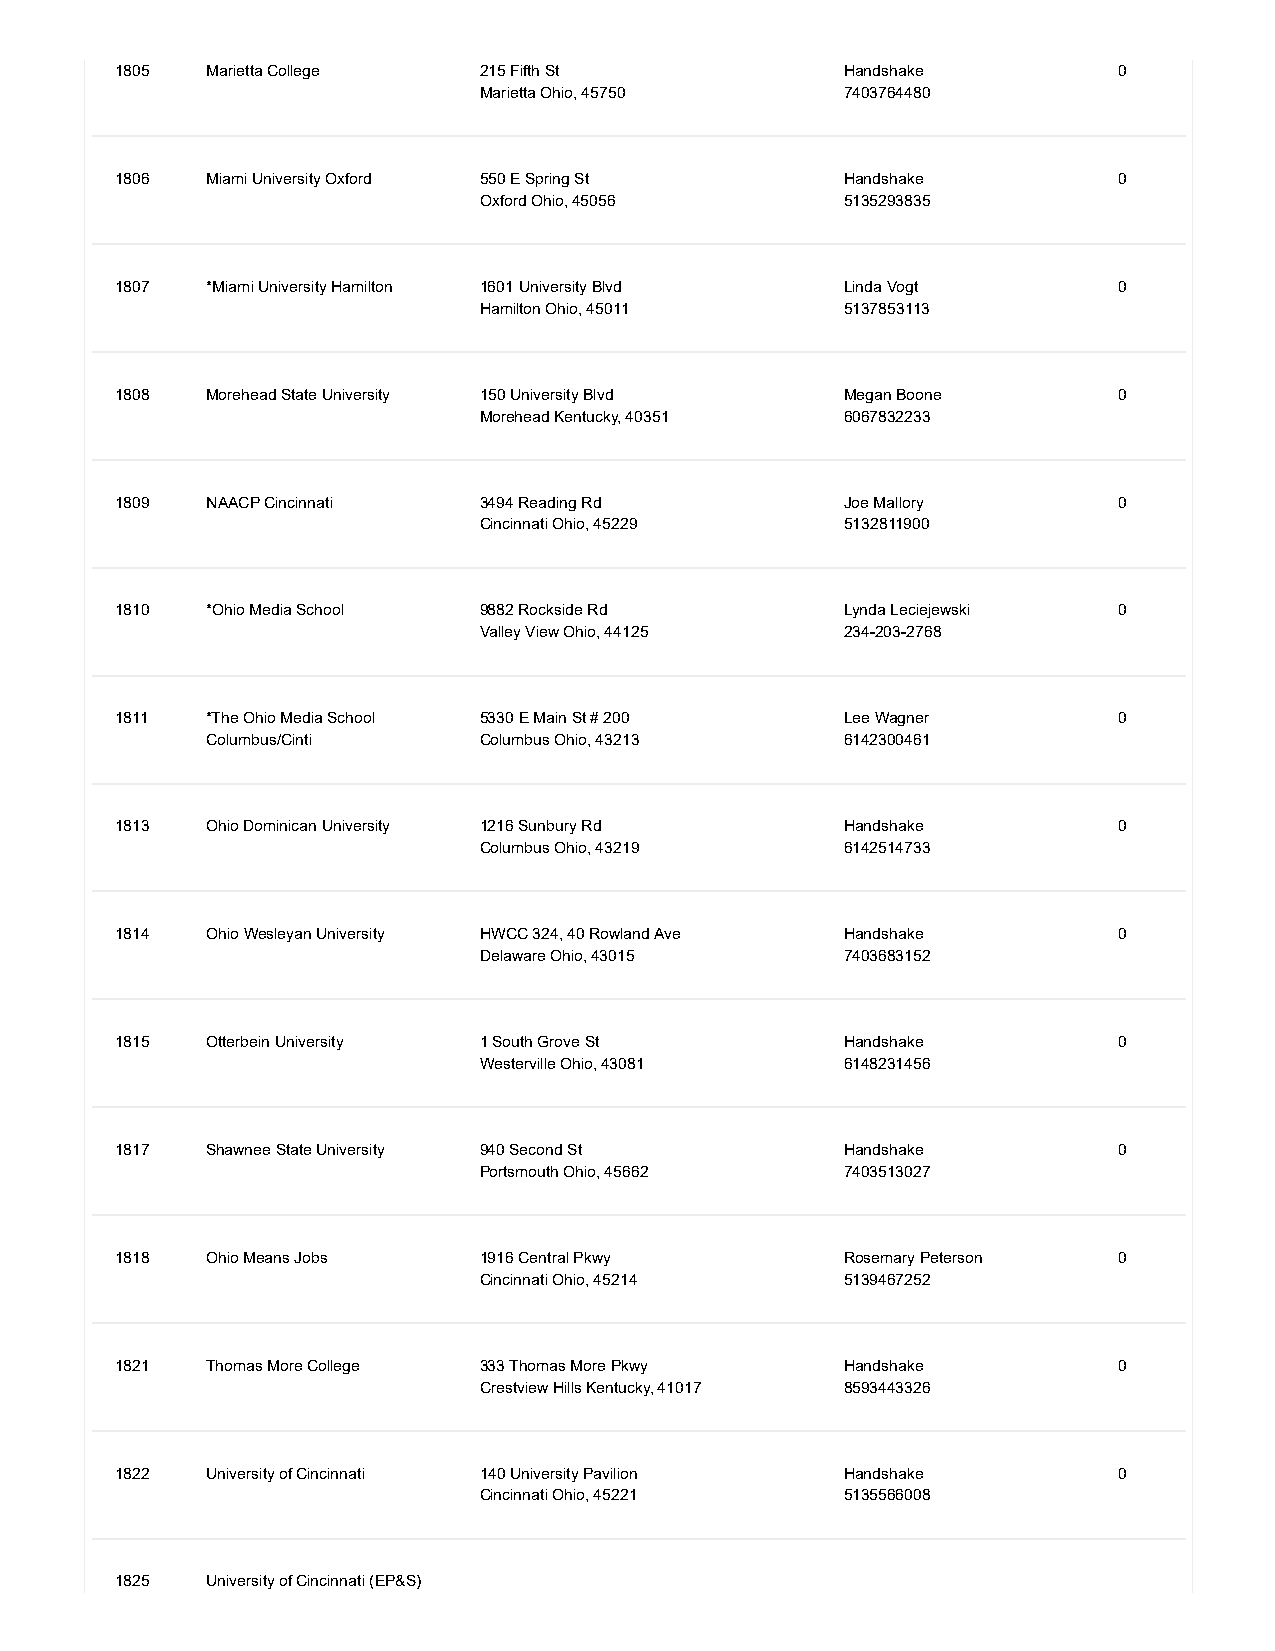
1805  Marietta College  215 Fifth St            Handshake         0
 Marietta Ohio, 45750    7403764480
 1806  Miami University Oxford 550 E Spring St   Handshake         0
 Oxford Ohio, 45056      5135293835
 1807  *Miami University Hamilton 1601 University Blvd Linda Vogt  0
 Hamilton Ohio, 45011    5137853113
 1808  Morehead State University 150 University Blvd Megan Boone   0
 Morehead Kentucky, 40351 6067832233
 1809  NAACP Cincinnati  3494 Reading Rd         Joe Mallory       0
 Cincinnati Ohio, 45229  5132811900
 1810  *Ohio Media School 9882 Rockside Rd       Lynda Leciejewski 0
 Valley View Ohio, 44125 234-203-2768
 1811  *The Ohio Media School 5330 E Main St # 200 Lee Wagner      0
 Columbus/Cinti    Columbus Ohio, 43213    6142300461
 1813  Ohio Dominican University 1216 Sunbury Rd Handshake         0
 Columbus Ohio, 43219    6142514733
 1814  Ohio Wesleyan University HWCC 324, 40 Rowland Ave Handshake 0
 Delaware Ohio, 43015    7403683152
 1815  Otterbein University 1 South Grove St     Handshake         0
 Westerville Ohio, 43081 6148231456
 1817  Shawnee State University 940 Second St    Handshake         0
 Portsmouth Ohio, 45662  7403513027
 1818  Ohio Means Jobs   1916 Central Pkwy       Rosemary Peterson 0
 Cincinnati Ohio, 45214  5139467252
 1821  Thomas More College 333 Thomas More Pkwy  Handshake         0
 Crestview Hills Kentucky, 41017 8593443326
 1822  University of Cincinnati 140 University Pavilion Handshake  0
 Cincinnati Ohio, 45221  5135566008
 1825  University of Cincinnati (EP&S)